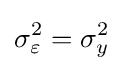
\sigma _{\varepsilon }^{2}=\sigma _{y}^{2}